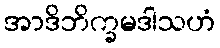
အာဒိဘိက္ခမဒါသဟံ